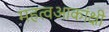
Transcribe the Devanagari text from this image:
महत्वआकांक्षी